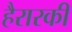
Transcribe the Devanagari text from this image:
हैरारकी